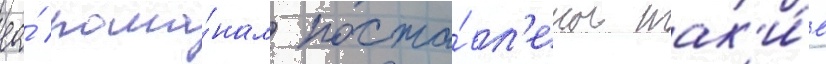
ео́ рома́нам поста́вл'ены так'и́е